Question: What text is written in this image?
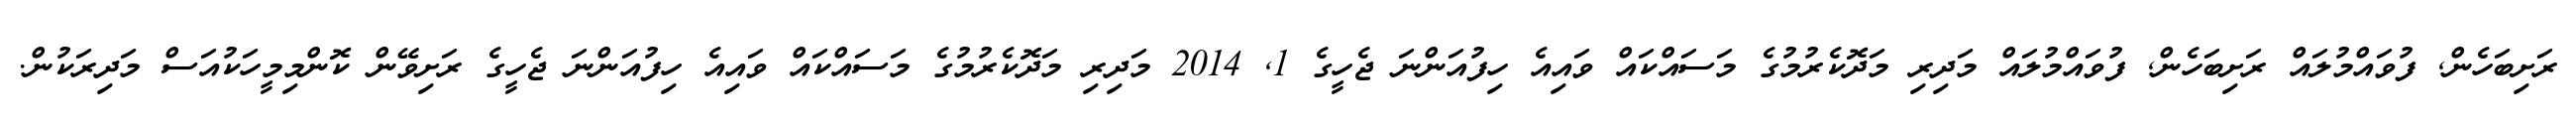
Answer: ރަށިބަހެން, ފުވައްމުލައް ރަށިބަހެން, ފުވައްމުލައް މަދިރި މަދޮކެރުމުގެ މަސައްކައް ވައިއެ ހިފުއަންނަ ޖެހީގެ 1, 2014 މަދިރި މަދޮކެރުމުގެ މަސައްކައް ވައިއެ ހިފުއަންނަ ޖެހީގެ ރަށިވޭން ކޮންމިމީހަކުއަސް މަދިރަކުން.